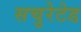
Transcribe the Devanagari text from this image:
सचुरेटेड